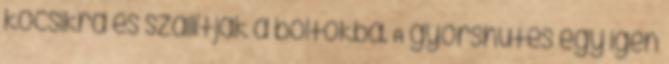
kocsikra és szállítják a boltokba. A gyorshűtés egy igen